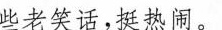
些老笑话，挺热闹。